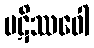
ပဋိဿဝေါ